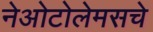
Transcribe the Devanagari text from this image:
नेओटोलेमसचे